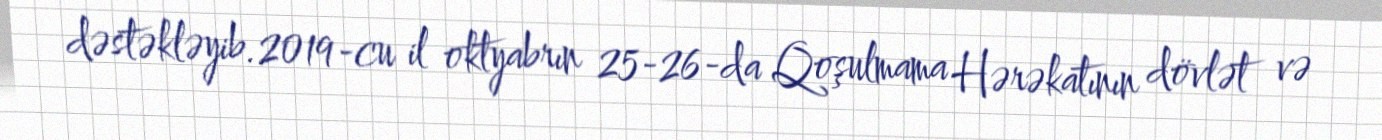
dəstəkləyib.2019-cu il oktyabrın 25-26-da Qoşulmama Hərəkatının dövlət və